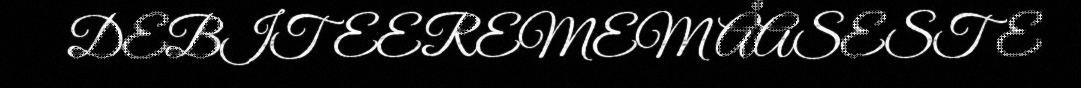
DEBITEEREMEM ÅASESTE